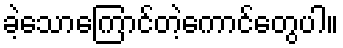
ခဲ့သောကြောင်တဲ့ကောင်တွေပါ။